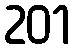
201